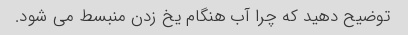
توضیح دهید که چرا آب هنگام یخ زدن منبسط می شود.